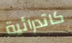
كاتدرائية